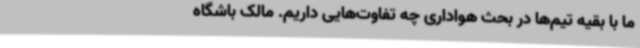
ما با بقیه تیم‌ها در بحث هواداری چه تفاوت‌هایی داریم. مالک باشگاه